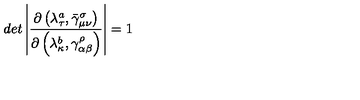
d e t \left| \frac { \partial \left( \lambda _ { \tau } ^ { a } , \bar { \gamma } _ { \mu \nu } ^ { \sigma } \right) } { \partial \left( \lambda _ { \kappa } ^ { b } , \gamma _ { \alpha \beta } ^ { \rho } \right) } \right| = 1